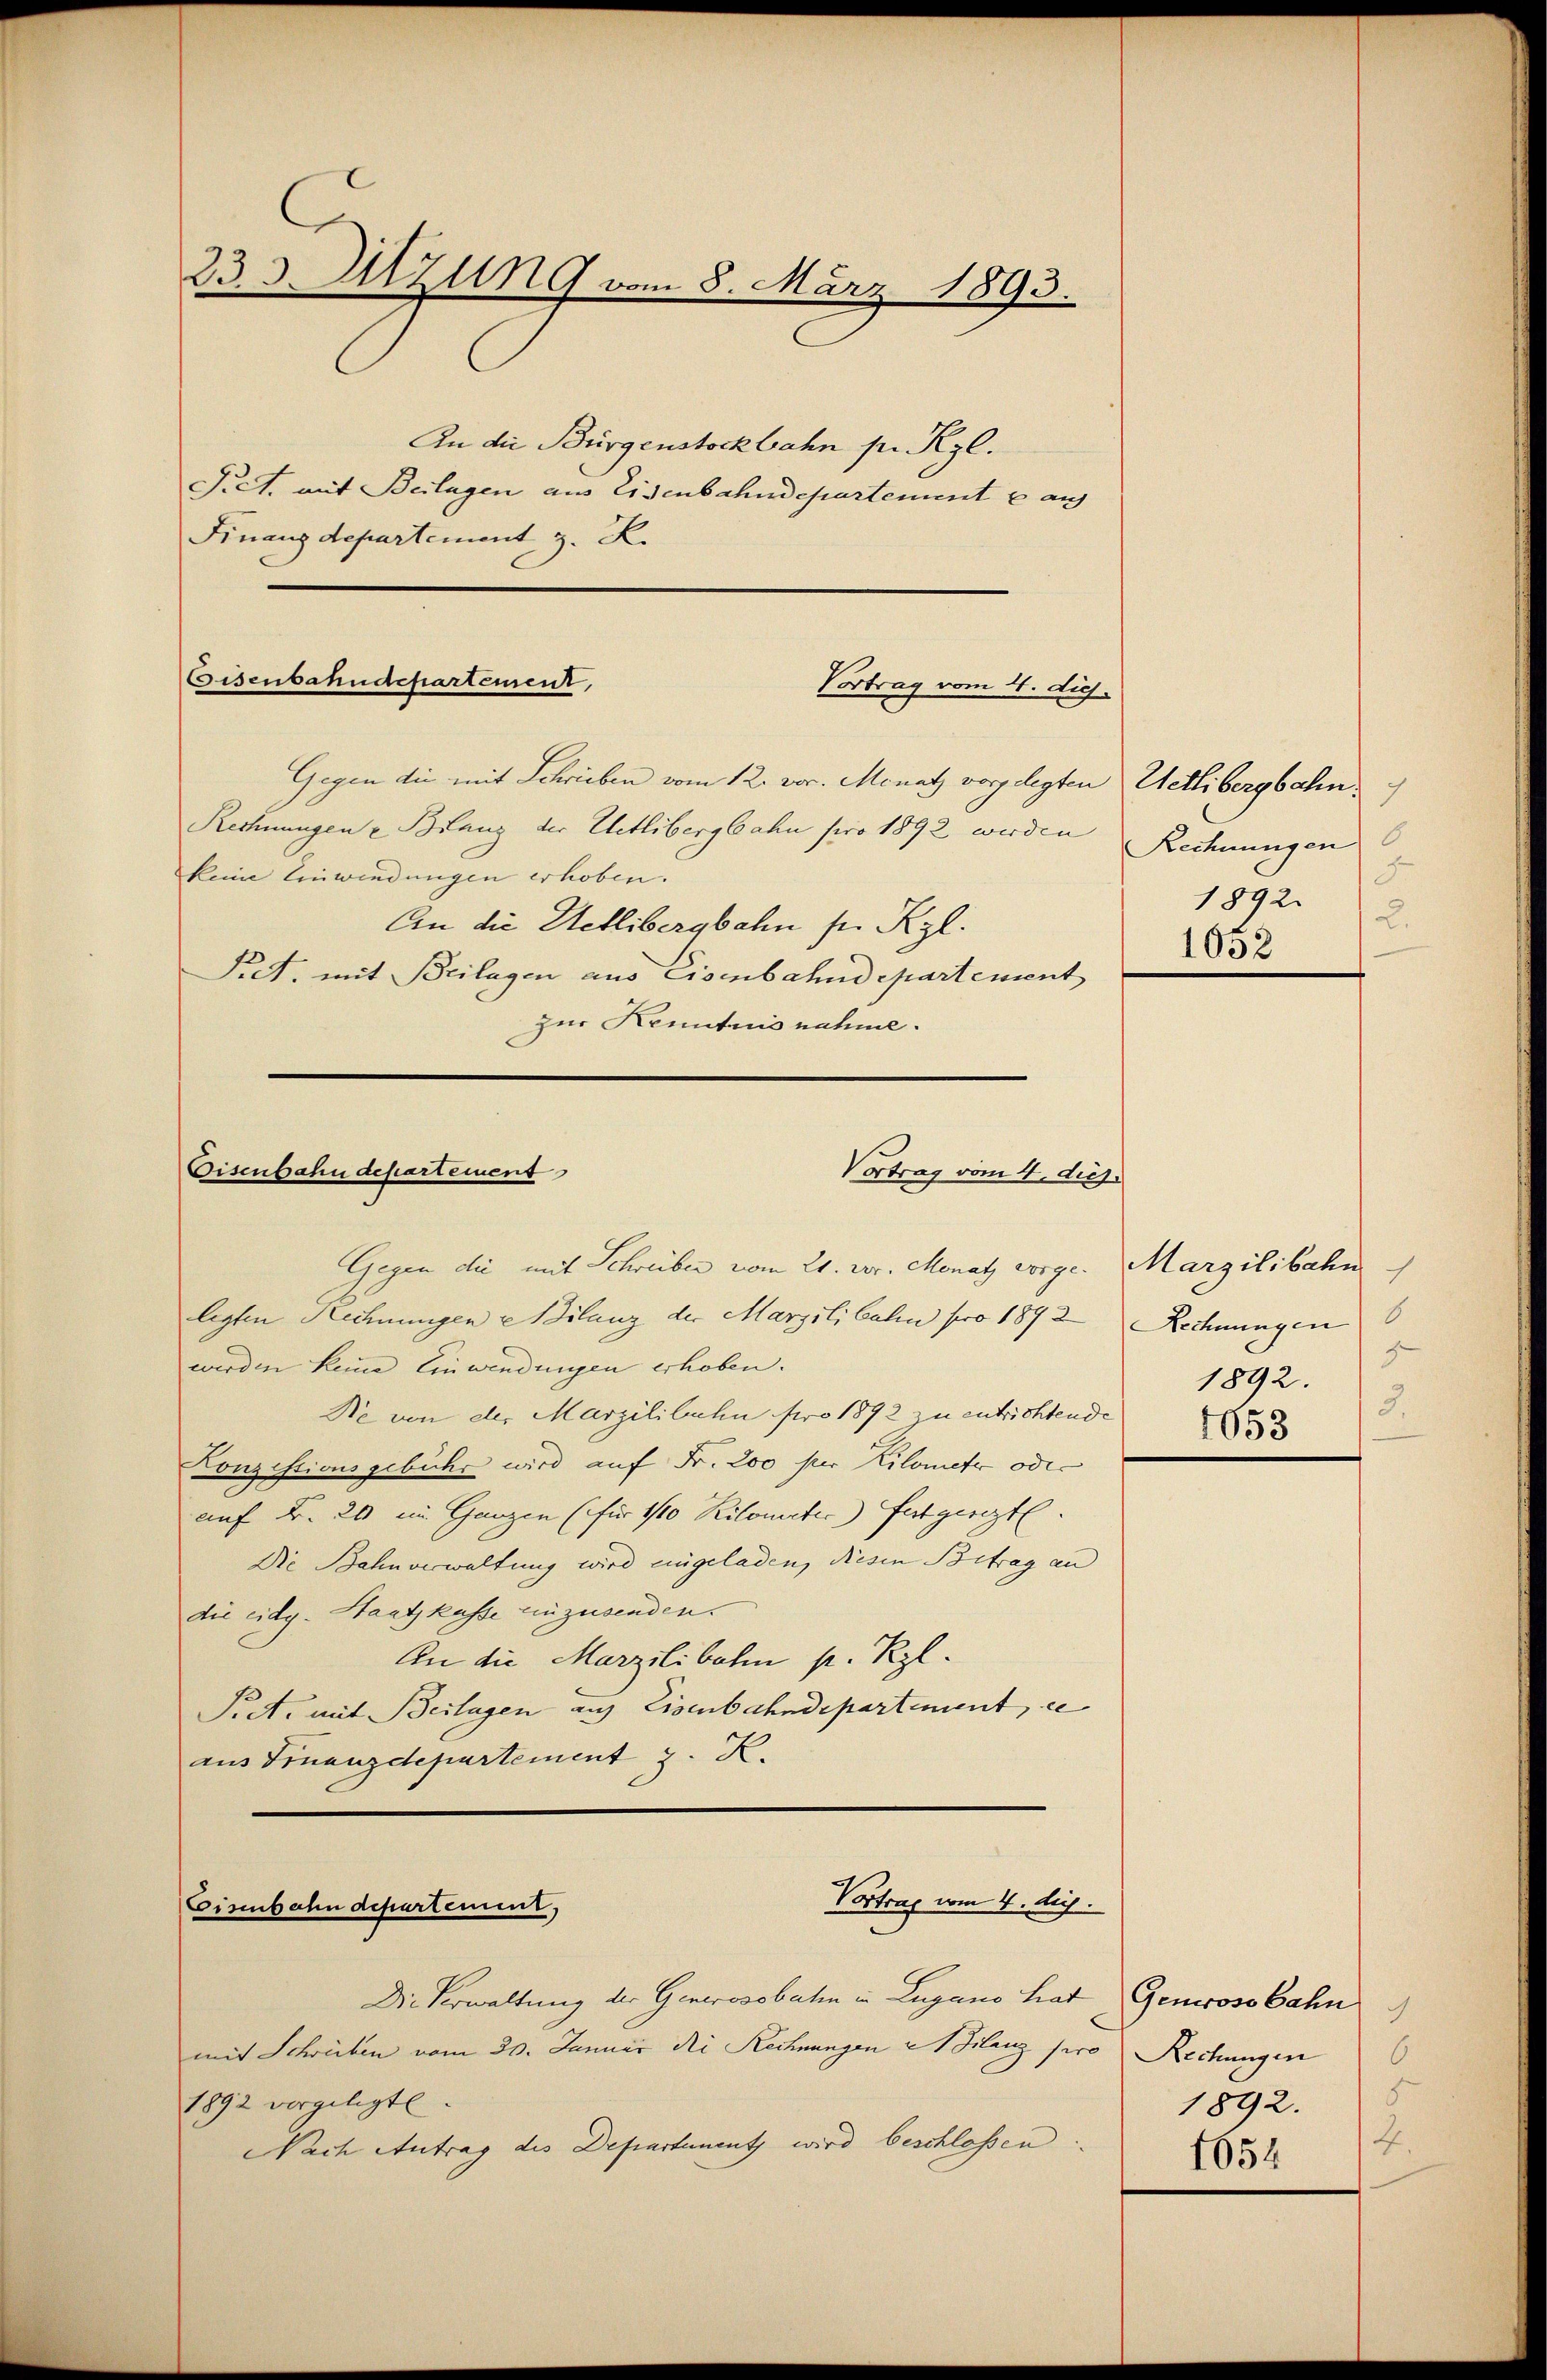
233. Sitzung vom 8. März 1893.
An die Bürgenstockbahn pr. Kgl.

Piet. mit Beilagen aus Eisenbahndepartement cau
Finanzdepartement z. R.

Eisenbahndepartement
Vortrag vom 4. dich.

Gegen die mit Schrieben vom 12. vor. Monat vorgelegten Wetlibergbahn
Rechnungen u Branz der Uetlibergbahn pro 1892 werden
keine Einwendungen erhoben.
An die Uetlibergbahn sie Kgl.
Pret, mit Beilagen aus Eisenbahndepartement
zur Kenntnis nahme.

Eisenbahndepartement
Vortrag vom 4. die

Gegen die mit Schreiber vom 21. vor. Monat vorge. Marzilibahn
legten Rechnungen Bilanz der Marzili Calin pro 1893
werden keine Einwendungen erhoben.
Re von der Marzilibuhn pro 1892 zu entrichtende
Conzessionsgebühr wird auf Fr. 200 per Kilomete oder
auf Fr. 20 im Ganzen (für 1/10 Kilometer) festgeset
Die Bahnverwaltung wird eingeladen, diesen Betrag an
die eidg. Staatskasse einzusenden.
An die Marzilibaten p. Ryl.
Pret. mit Beilagen aus Eisenbahndepartement, ce
aus Finanzdepartement J. K.

Vortrag vom 4. dig.
Eisenbahndepartement,

Rechnungen
F.
1892.2.
1052

Die Verwaltung der Generosobaten in Lugano hat Genoss bahn
mit Schreiben vom 20. Januar die Rechnungen 2 Klanz pro Rechungen
1892 vorgelegt
Nach Antrag des Departement wird beschlossen.

1
Rechnungen
2
1892.
3.
1053

.
1892. 5
E.
1054